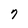
Character: 7